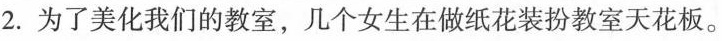
2.为了美化我们的教室，几个女生在做纸花装扮教室天花板。